Insane asylums Bombay 1873-77 - 1873-1877
Year: 1873
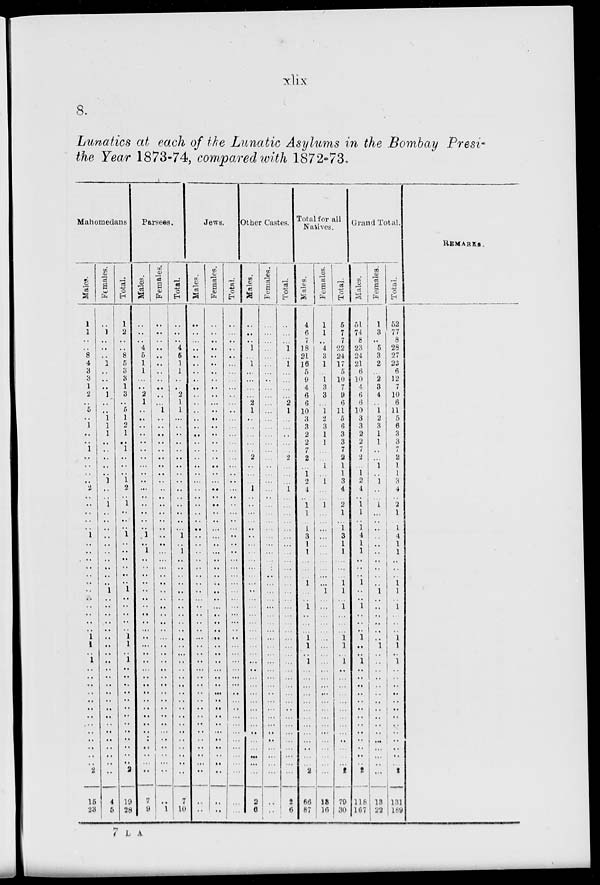
xlix
8.
Lunatics at each of the Lunatic Asylums in the Bombay Presi-
the Year 1873-74, compared with 1872-73.
Mahomedans
Males.
1
1
..
..
8
4
3
3
1
2
..
5
..
1
..
..
1
..
..
..
..
2
.. ..
..
..
..
1
..
..
..
..
..
..
..
..
..
..
..
..
1
1
..
1
..
..
..
..
..
..
..
..
..
..
..
..
..
2
15
23
Females.
..
1
..
..
..
1
..
..
..
1
..
..
l
l
l
..
..
..
..
..
1
..
.. 1
..
..
..
..
..
..
..
..
..
..
1
..
..
..
..
..
..
..
..
..
..
..
..
..
..
..
..
..
..
..
..
..
..
..
4
5
Total.
1
2
..
..
8
5
3
3
1
3
..
5
1
2
1
..
1
..
..
..
1
2
.. 1
..
..
..
1
..
..
..
..
..
.. 1
..
..
..
..
..
1
1
.. 1
..
..
..
..
..
..
..
..
..
..
..
..
..
2
19
28
Parsees.
Males.
..
..
..
4
5
1
1
..
..
2
1
..
..
..
..
..
..
..
..
..
..
..
..
..
..
..
..
1
..
1
..
..
..
..
..
..
..
.. ..
..
..
..
..
..
..
..
..
..
..
..
..
..
..
..
..
..
..
..
7
9
Females.
..
..
..
..
..
..
..
..
..
..
..
1
..
..
..
..
..
..
..
..
..
..
..
..
..
..
..
..
..
..
..
..
..
..
..
..
..
.. ..
..
..
..
..
..
..
..
..
..
..
..
..
..
..
..
..
..
..
..
..
1
Total.
..
..
..
4
5
1
1
..
..
2
1
1
..
..
..
..
..
..
..
..
..
..
..
..
..
..
..
1
..
1
..
..
..
.. ..
..
..
..
..
..
..
..
..
..
..
..
..
..
..
..
..
..
..
..
..
..
..
..
7
10
Jews.
Males.
..
..
..
..
..
..
..
..
..
..
..
..
..
..
..
..
..
..
..
..
...
..
..
..
..
..
..
..
..
..
..
..
..
..
..
..
..
..
..
..
..
..
..
..
..
..
..
..
..
..
..
..
..
..
..
..
..
..
..
..
Females.
..
..
..
..
..
..
..
..
..
..
..
..
..
..
..
..
..
..
..
..
..
..
..
..
..
..
..
..
..
..
..
..
..
..
..
..
..
..
..
..
..
..
..
..
..
..
..
..
..
..
..
..
..
..
..
..
..
..
..
..
Total.
...
...
....
...
...
...
...
...
...
...
...
...
...
...
...
...
...
...
...
....
...
...
...
...
...
...
...
...
...
...
...
...
...
...
...
...
...
...
...
...
...
...
...
...
...
...
...
...
...
...
...
...
...
...
...
...
...
...
...
...
Other Castes.
Males.
...
...
...
1
...
1
...
...
...
...
2
1
...
...
...
...
...
2
...
...
...
1
...
...
...
...
...
...
...
...
...
...
...
...
...
...
...
...
...
...
...
...
...
...
...
...
...
...
...
...
...
...
...
...
...
...
...
...
2
6
Females.
...
...
...
...
...
...
...
...
...
...
...
...
...
...
...
...
...
...
...
...
...
...
...
...
...
...
...
...
...
...
...
...
...
...
...
...
...
...
...
...
...
...
...
...
...
...
...
...
...
...
...
...
...
...
...
...
...
...
...
...
Total.
...
...
...
1
...
1
...
...
...
...
2
1
...
...
...
...
...
2
...
...
...
1
...
...
...
...
...
...
...
...
...
...
...
...
...
...
...
...
...
...
...
...
...
...
...
...
...
...
...
...
...
...
...
...
...
...
...
...
2
6
Total for all
Natives.
Males.
4
6
7
18
21
16
5
9
4
6
6
10
3
3
2
2
7
2
...
1
2
4
...
1
1
...
1
3
1
1
...
...
...
1
...
...
1
...
...
...
1
1
... 1
...
...
...
...
...
...
...
...
...
...
...
...
...
2
66
87
Females.
1
1
...
4
3
1
...
1
3
3
...
1
2
3
1
1
...
...
1
...
1
...
... 1
...
...
...
...
...
...
...
...
...
...
1
...
...
...
...
...
...
...
...
...
...
...
...
...
...
...
...
...
...
...
...
...
...
...
13
16
Total.
5
7
7
22
24
17
5
10
7
9
6
11
5
6
3
3
7
2
1
1
3
4
... 2
1
...
1
3
1
1
...
...
...
1
1
...
1
...
...
...
1
1
... 1
...
...
...
...
...
...
...
...
...
...
...
...
...
2
79
30
Grand Total.
Males.
51
74
8
23
24
21
6
10
4
6
6
10
3
3
2
2
7
2
..
1
2
4
.. 1
1
..
1
4
1
1
..
..
..
1
..
..
1
..
..
..
1
..
.. 1
..
..
..
..
..
..
..
..
..
..
..
..
..
2
118
167
Females.
1
3
..
5
3
2
..
2
3
4
..
1
2
3
1
1
..
..
1
..
1
..
.. 1
..
..
..
..
..
..
..
..
..
..
1
..
..
..
..
..
..
1
..
..
..
..
..
..
..
..
..
..
..
..
..
..
..
..
13
22
Total.
52
77
8
28
27
23
6
12
7
10
6
11
5
6
3
3
7
2
1
1
3
4
.. 2
1
..
l
4
1
1
..
..
..
1
1
..
1
..
..
..
1
1
..
1
..
..
..
..
..
..
..
..
..
..
..
..
..
2
131
189
REMARKS.
7 L A